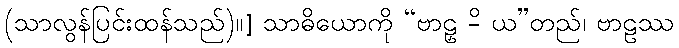
(သာလွန်ပြင်းထန်သည်)။] သာဓိယောကို “ဗာဠှ -ိ ယ”တည်၊ ဗာဠဿ